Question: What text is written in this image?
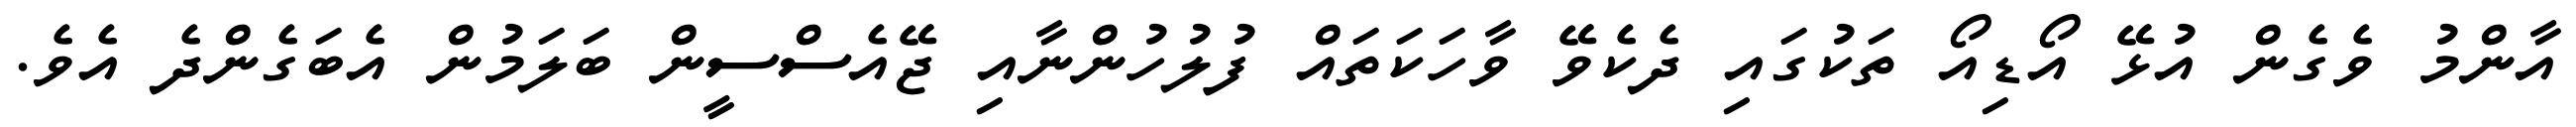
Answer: އާންމު ވެގެން އުޅޭ އޯޑިއޯ ތަކުގައި ދެކެވޭ ވާހަކަތައް ފުލުހުންނާއި ޖޭއެސްސީން ބަލަމުން އެބަގެންދެ އެވެ.